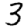
Digit: 3